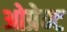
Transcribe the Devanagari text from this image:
ओप्रेन्ट